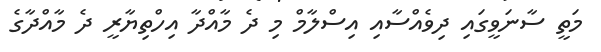
މަތީ ސާނަވީގައި ދިވެއްސާއި އިސްލާމް މި ދެ މާއްދާ އިހްތިޔާރީ ދެ މާއްދާގެ